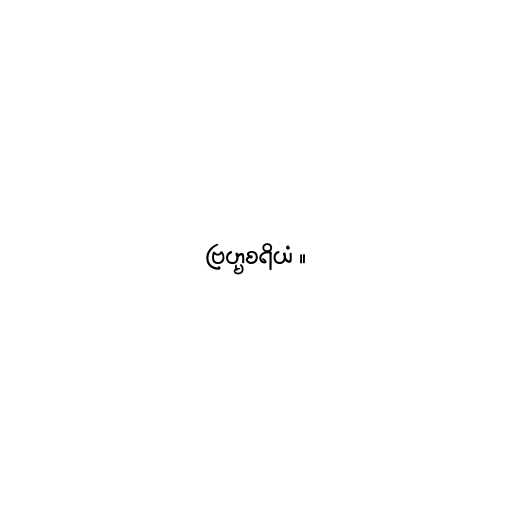
ဗြဟ္မစရိယံ ။